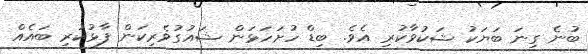
ބުނެ ގިނަ ބަޔަކު ޝަކުވާކުރި އެވެ. ބިޑް ހުށަހަޅަން ޝައުގުވެރިކަން ފާޅުކުރި ބައެއް